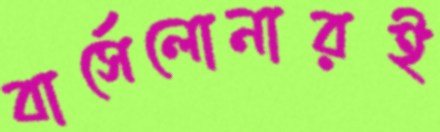
বার্সেলোনারই